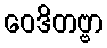
ဝေဒိတဗ္ဗာ